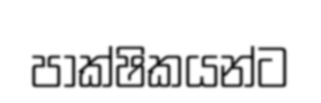
පාක්ෂිකයන්ට